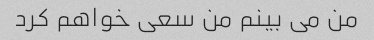
من می بینم من سعی خواهم کرد